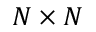
N \times N